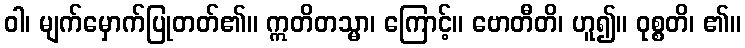
ဝါ၊ မျက်မှောက်ပြုတတ်၏။ ဣတိတသ္မာ၊ ကြောင့်။ ဗောတီတိ၊ ဟူ၍။ ဝုစ္စတိ၊ ၏။